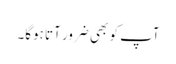
آپ کو بھی ضرور آتا ہوگا۔